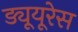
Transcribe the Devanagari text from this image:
ड्यूयूरेस